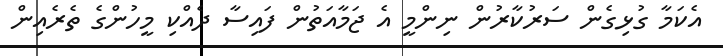
އެކަމާ ގުޅިގެން ސަރުކާރުން ނިންމީ އެ ޖަމާއަތުން ފައިސާ ދެއްކި މީހުންގެ ތެރެއިން